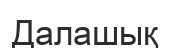
Далашық